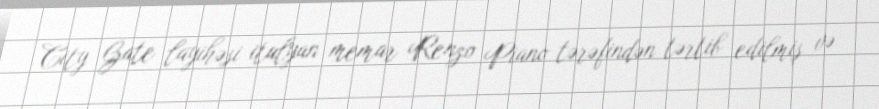
City Gate layihəsi italyan memar Renzo Piano tərəfindən tərtib edilmiş və